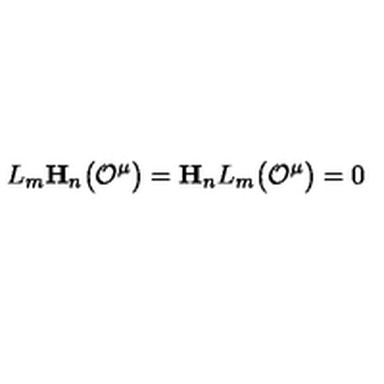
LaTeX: L _ { m } \mathbf { H } _ { n } \bigl ( { \cal O } ^ { \mu } \bigr ) = \mathbf { H } _ { n } L _ { m } \bigl ( { \cal O } ^ { \mu } \bigr ) = 0